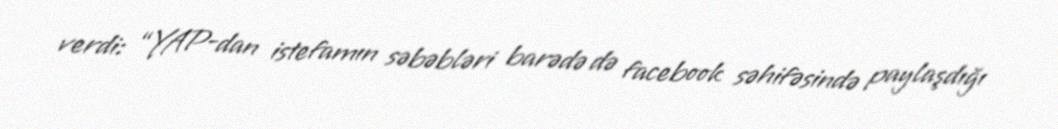
verdi: “YAP-dan istefamın səbəbləri barədə də facebook səhifəsində paylaşdığı